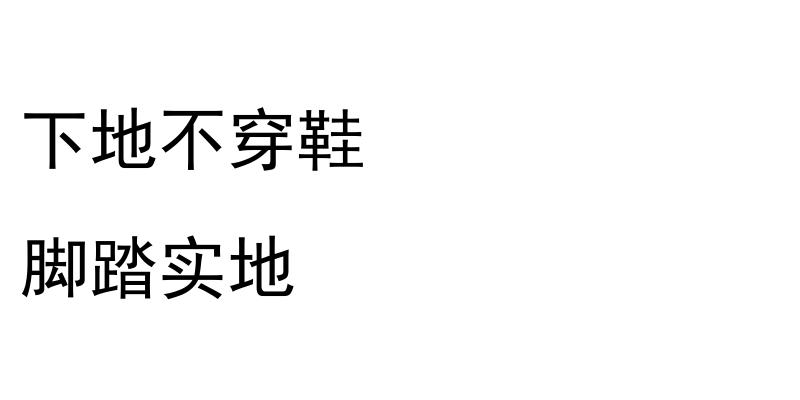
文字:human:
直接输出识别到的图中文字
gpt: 下地不穿鞋 脚踏实地